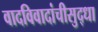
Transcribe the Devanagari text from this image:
वादविवादांचीसुद्धा